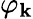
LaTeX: \varphi_{\mathbf{k}}